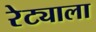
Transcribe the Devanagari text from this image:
रेट्याला